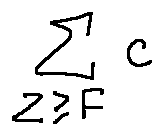
\sum \limits _ { z \geq F } c